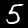
Label: 5